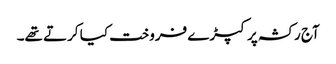
آج رکشہ پر کپڑے فروخت کیا کرتے تھے۔